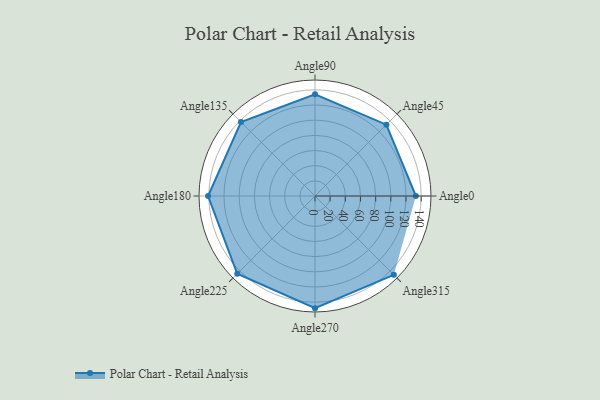
{"axis": {"x": "Angle", "y": "Radius"}, "legend": [""], "data": [{"x": "Angle0", "y": 133.0, "type": ""}, {"x": "Angle45", "y": 133.0, "type": ""}, {"x": "Angle90", "y": 134.0, "type": ""}, {"x": "Angle135", "y": 138.0, "type": ""}, {"x": "Angle180", "y": 141.0, "type": ""}, {"x": "Angle225", "y": 145.0, "type": ""}, {"x": "Angle270", "y": 148.0, "type": ""}, {"x": "Angle315", "y": 147.0, "type": ""}]}